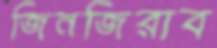
জিনজিরাব